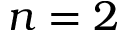
n = 2